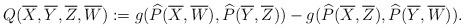
LaTeX: \begin{align*} Q(\overline{X},\overline{Y},\overline{Z},\overline{W}):=g(\widehat{P}(\overline{X},\overline{W}),\widehat{P}(\overline{Y},\overline{Z})) -g(\widehat{P}(\overline{X},\overline{Z}),\widehat{P}(\overline{Y},\overline{W})).\end{align*}